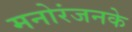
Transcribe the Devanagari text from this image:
मनोरंजनके